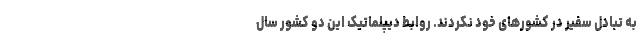
به تبادل سفیر در کشورهای خود نکردند. روابط دیپلماتیک این دو کشور سال